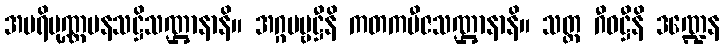
အပရိပုဏ္ဏပနသဋ္ဌိသဏ္ဌာနာနိ။ အဂ္ဂပဗ္ဗဋ္ဌီနိ ကတကဗီဇသဏ္ဌာနာနိ။ သတ္တ ဂီဝဋ္ဌီနိ ဒဏ္ဍေန